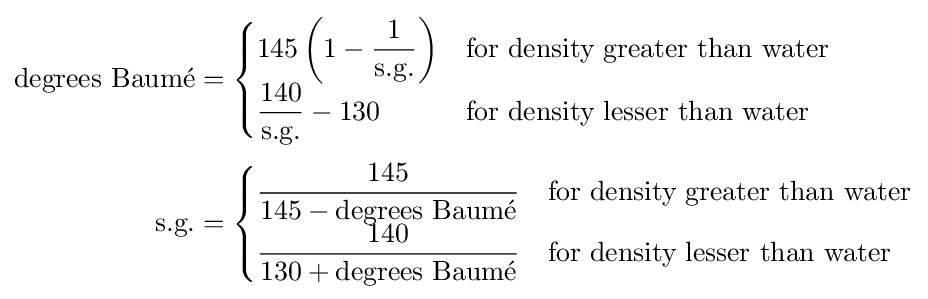
{\begin{aligned}\mathrm {degrees\ Baum{\acute {e}}} &={\begin{cases}\displaystyle 145\left(1-{\frac {1}{\text{s.g.}}}\right)&{\text{for density greater than water}}\\[3pt]\displaystyle {\frac {140}{\text{s.g.}}}-130&{\text{for density lesser than water}}\end{cases}}\\[3pt]{\text{s.g.}}&={\begin{cases}\displaystyle {\frac {145}{145-{\text{degrees Baum}}\mathrm {\acute {e}} }}&{\text{for density greater than water}}\\[3pt]\displaystyle {\frac {140}{130+{\text{degrees Baum}}\mathrm {\acute {e}} }}&{\text{for density lesser than water}}\end{cases}}\end{aligned}}